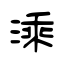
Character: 溗